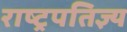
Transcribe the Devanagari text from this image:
राष्ट्रपतिज्ञ्य